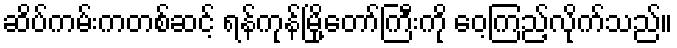
ဆိပ်ကမ်းကတစ်ဆင့် ရန်ကုန်မြို့တော်ကြီးကို ဝေ့ကြည့်လိုက်သည်။